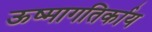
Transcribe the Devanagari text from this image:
ऊष्मागतिर्काय